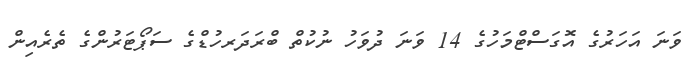
ވަނަ އަހަރުގެ އޮގަސްޓްމަހުގެ 14 ވަނަ ދުވަހު ނުކުތް ބްރަދަރހުޑްގެ ސަޕޯޓަރުންގެ ތެރެއިން